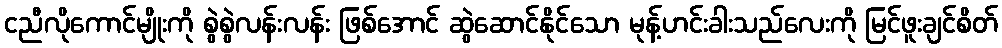
ငညီလိုကောင်မျိုးကို စွဲစွဲလန်းလန်း ဖြစ်အောင် ဆွဲဆောင်နိုင်သော မုန့်ဟင်းခါးသည်လေးကို မြင်ဖူးချင်စိတ်